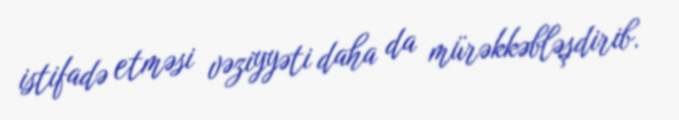
istifadə etməsi vəziyyəti daha da mürəkkəbləşdirib.